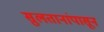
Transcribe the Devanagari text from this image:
सुलतानांपासून